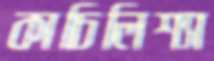
কাচিলিশ্যা